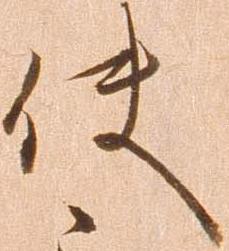
使